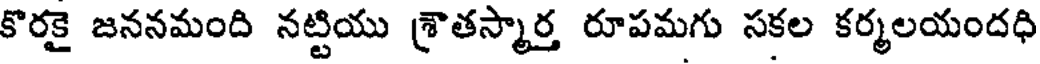
కొరకై జననమంది నట్టియు శ్రాతస్మార్త రూపమగు సకల కర్మలయందధి